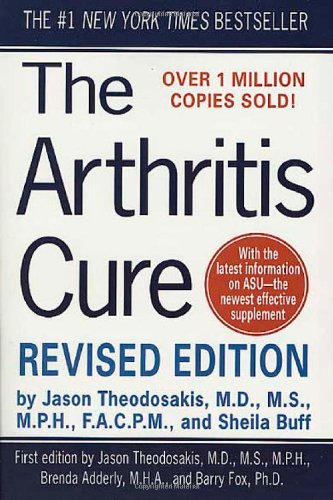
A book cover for The Arthritis Cure: The Medical Miracle That Can Halt, Reverse, And May Even Cure Osteoarthritis; Jason Theodosakis; Health, Fitness & Dieting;